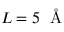
L = 5 \; \mathrm { ~ \AA ~ }